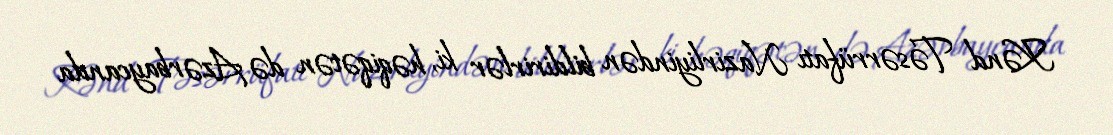
Kənd Təsərrüfatı Nazirliyindən bildirirlər ki, həqiqətən də Azərbaycanda